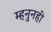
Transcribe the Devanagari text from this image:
म्हनुनही